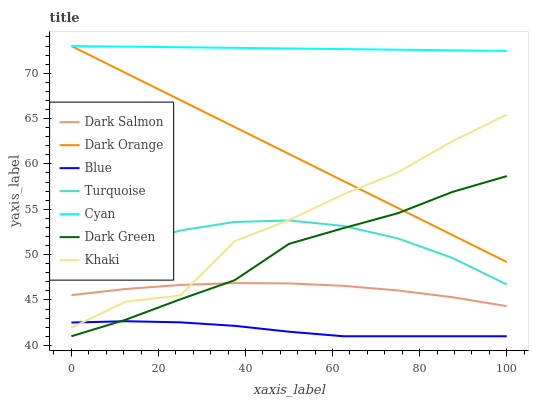
| xaxis_label | Dark Salmon | Dark Orange | Blue | Turquoise | Cyan | Dark Green | Khaki |
 | --- | --- | --- | --- | --- | --- | --- | --- |
 | 0 | 45.5 | 73 | 42.5 | 48.5 | 73 | 41 | 41.9 |
 | 12.5 | 46.2 | 70 | 42.7 | 50.9 | 72.9 | 42.8 | 44.8 |
 | 25 | 46.7 | 67 | 42.5 | 52.7 | 72.9 | 45.1 | 45.5 |
 | 37.5 | 46.9 | 64.1 | 42.1 | 53.6 | 72.8 | 47.2 | 51.5 |
 | 50 | 46.8 | 61.1 | 41.5 | 53.8 | 72.7 | 51.2 | 53.8 |
 | 62.5 | 46.6 | 58.1 | 41 | 53.2 | 72.7 | 52.9 | 56.6 |
 | 75 | 46 | 55.1 | 41 | 51.8 | 72.6 | 54.6 | 59.1 |
 | 87.5 | 45.3 | 52.2 | 41 | 49.6 | 72.5 | 56.9 | 62.5 |
 | 100 | 44.3 | 49.2 | 41 | 46.7 | 72.5 | 58.7 | 65.4 |